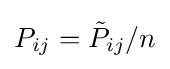
P_{ij}={\tilde {P}}_{ij}/n